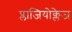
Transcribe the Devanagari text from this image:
प्लाजियोक्लेज